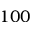
1 0 0